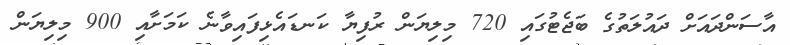
އާސަންދައަށް ދައުލަތުގެ ބަޖެޓުގައި 720 މިލިޔަން ރުފިޔާ ކަނޑައެޅިފައިވާނެ ކަމަށާއި 900 މިލިޔަން